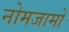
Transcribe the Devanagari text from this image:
नोमजामो